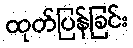
ထုတ်ပြန်ခြင်း